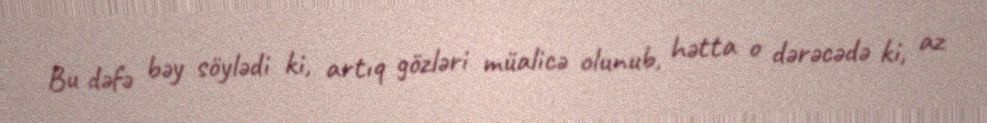
Bu dəfə bəy söylədi ki, artıq gözləri müalicə olunub, hətta o dərəcədə ki, az